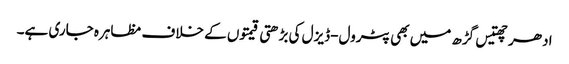
ادھر چھتیس گڑھ میں بھی پٹرول-ڈیزل کی بڑھتی قیمتوں کے خلاف مظاہرہ جاری ہے۔